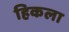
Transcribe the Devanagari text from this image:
हिकला